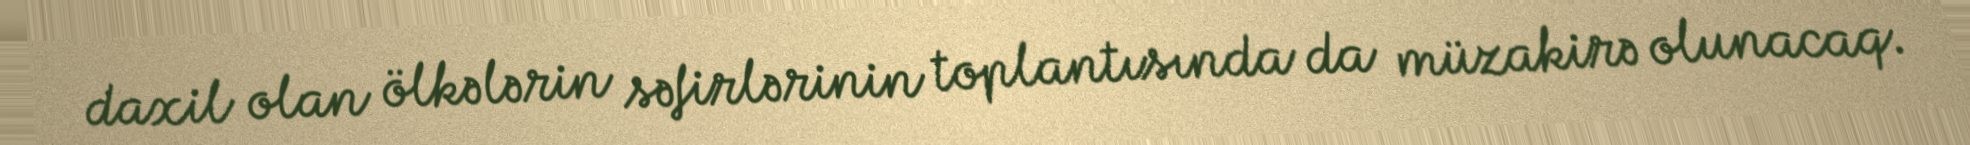
daxil olan ölkələrin səfirlərinin toplantısında da müzakirə olunacaq.